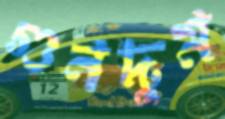
গুনদুম